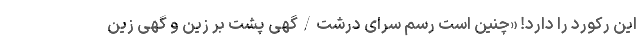
این رکورد را دارد! «چنین است رسم سرای دُرشت/گهی پشت بر زین و گهی زین